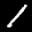
Digit: 1